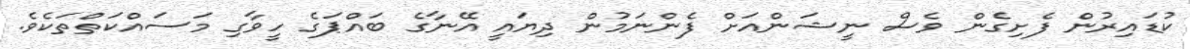
ކުޑައިރުން ފެށިގެން ވެސް ނީޝަންއަށް ފެންނަމުން ދިޔައީ އޭނާގެ ބައްޕަގެ ހީވާގި މަސައްކަތްތަކެވެ.